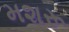
મશરૂ